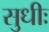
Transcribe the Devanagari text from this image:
सुधीः